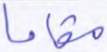
مقاما